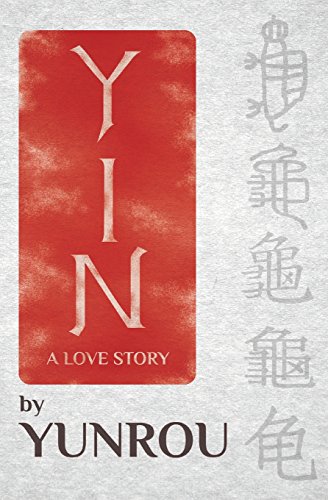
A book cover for Yin: A Love Story; Yunrou; Literature & Fiction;